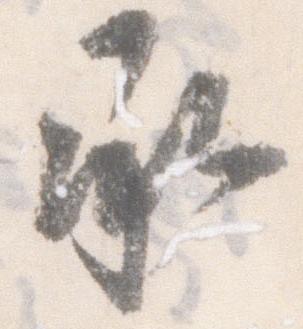
承